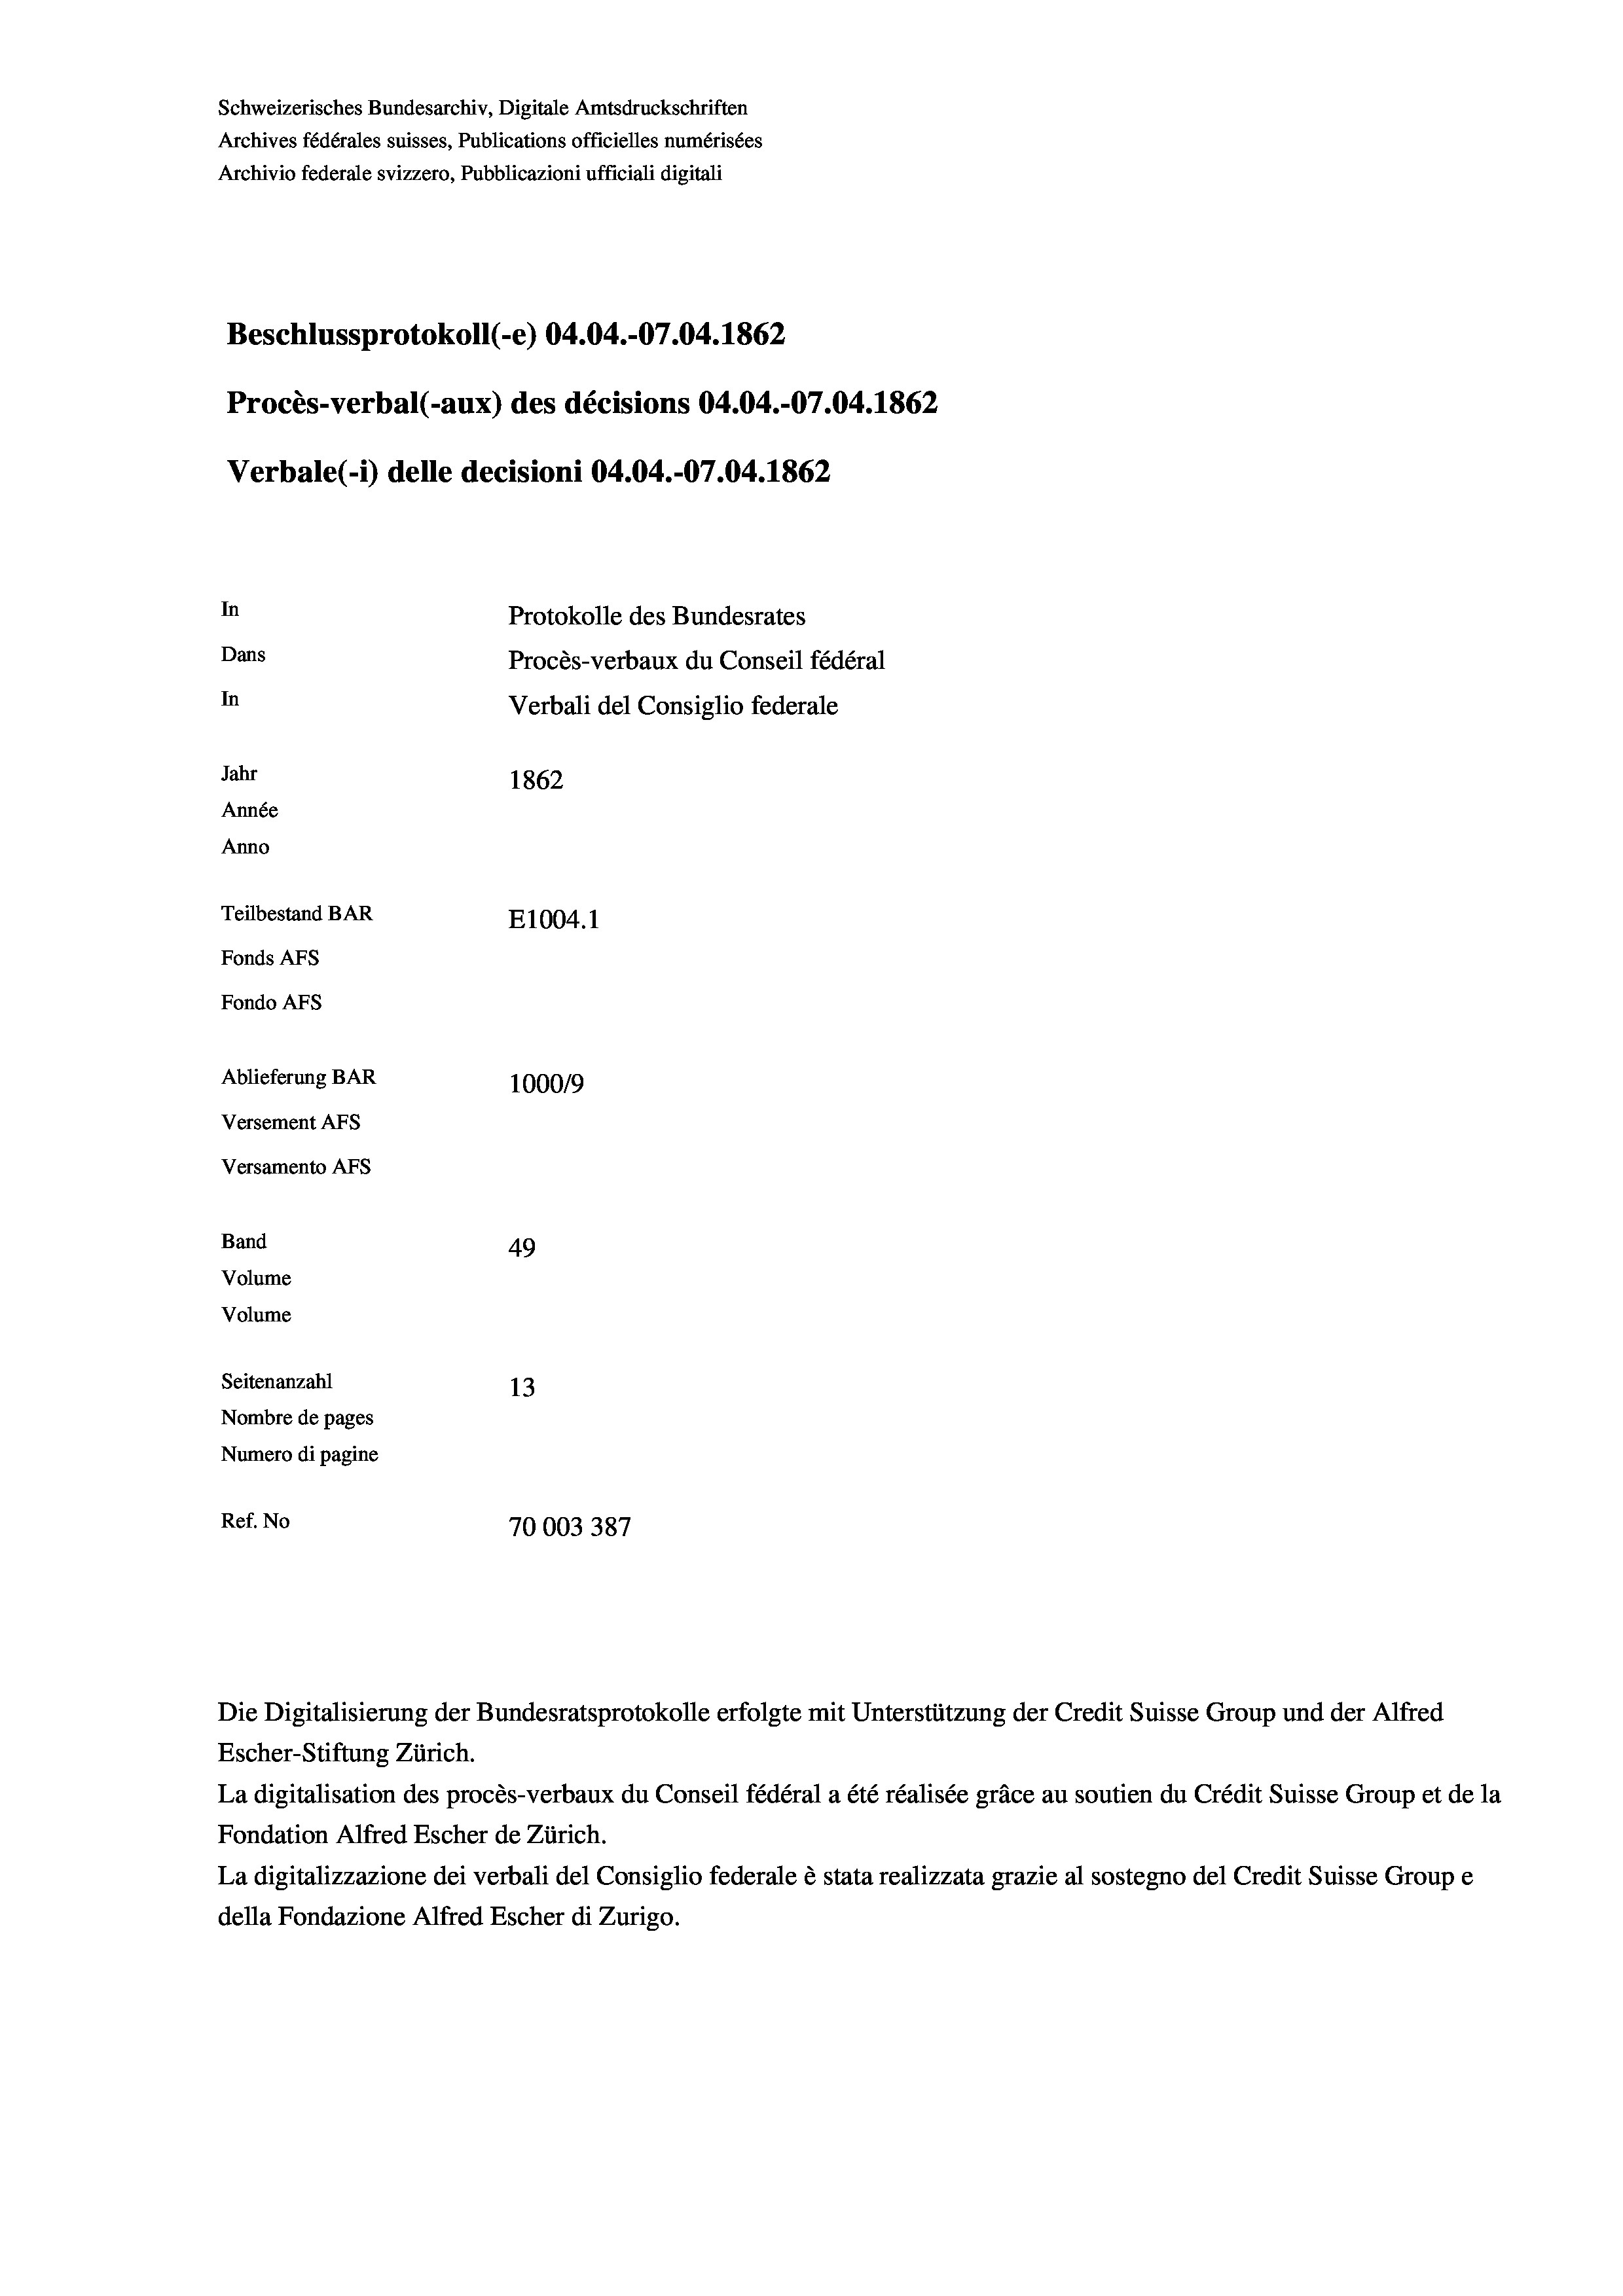
Schweizerisches Bundesarchiv, Digitale Amtsdruckschriften
Archives fédérales suisses, Publications officielles numérisées
Archivio federale svizzero, Pubblicazioni ufficiali digitali
Beschlussprotokoll (-e) 04.04.-07.04. 1862
Procès-verbal (-aux) des décisions 04.04.-07.04. 1862
Verbale (1) delle decisioni 04.04.-07.04. 1862
In
Protokolle des Bundesrates
Dans
Procès-verbaux du Conseil fédéral
In
Verbali del Consiglio federale
Jahr
1862
Année
Anno
Teilbestand BAR
E1004. 1
Fonds AFs
Fondo Afs
Ablieferung BAR
100019
Versement AFs
Versamento Afs
Band
49
Volume
Volume
Seitenanzahl
13
Nombre de pages
Numero di pagine

Ref. No
70003 387

Escher-Stiftung Zürich.
La digitalisation des procès-verbaux du Conseil fédéral a été réalisée gräce au soutien du Crédit Suisse Group et de la
Fondation Alfred Escher de Zürich.
La digitalizzazione dei verbali del Consiglio federale è stata realizzata grazie al sostegno del Credit Suisse Groupe
della Fondazione Alfred Escher di Zurigo.

Die Digitalisierung der Bundesratsprotokolle erfolgte mit Unterstützung der Credit Suisse Group und der Alfred